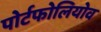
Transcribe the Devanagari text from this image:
पोर्टफोलियोव